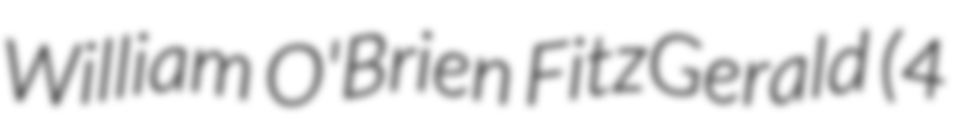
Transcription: William O'Brien FitzGerald (4